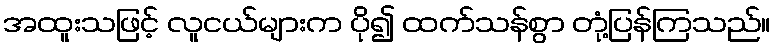
အထူးသဖြင့် လူငယ်များက ပို၍ ထက်သန်စွာ တုံ့ပြန်ကြသည်။